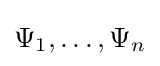
\Psi _{1},\ldots ,\Psi _{n}